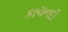
કાચનદી